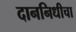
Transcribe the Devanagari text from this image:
दाननिधीचा